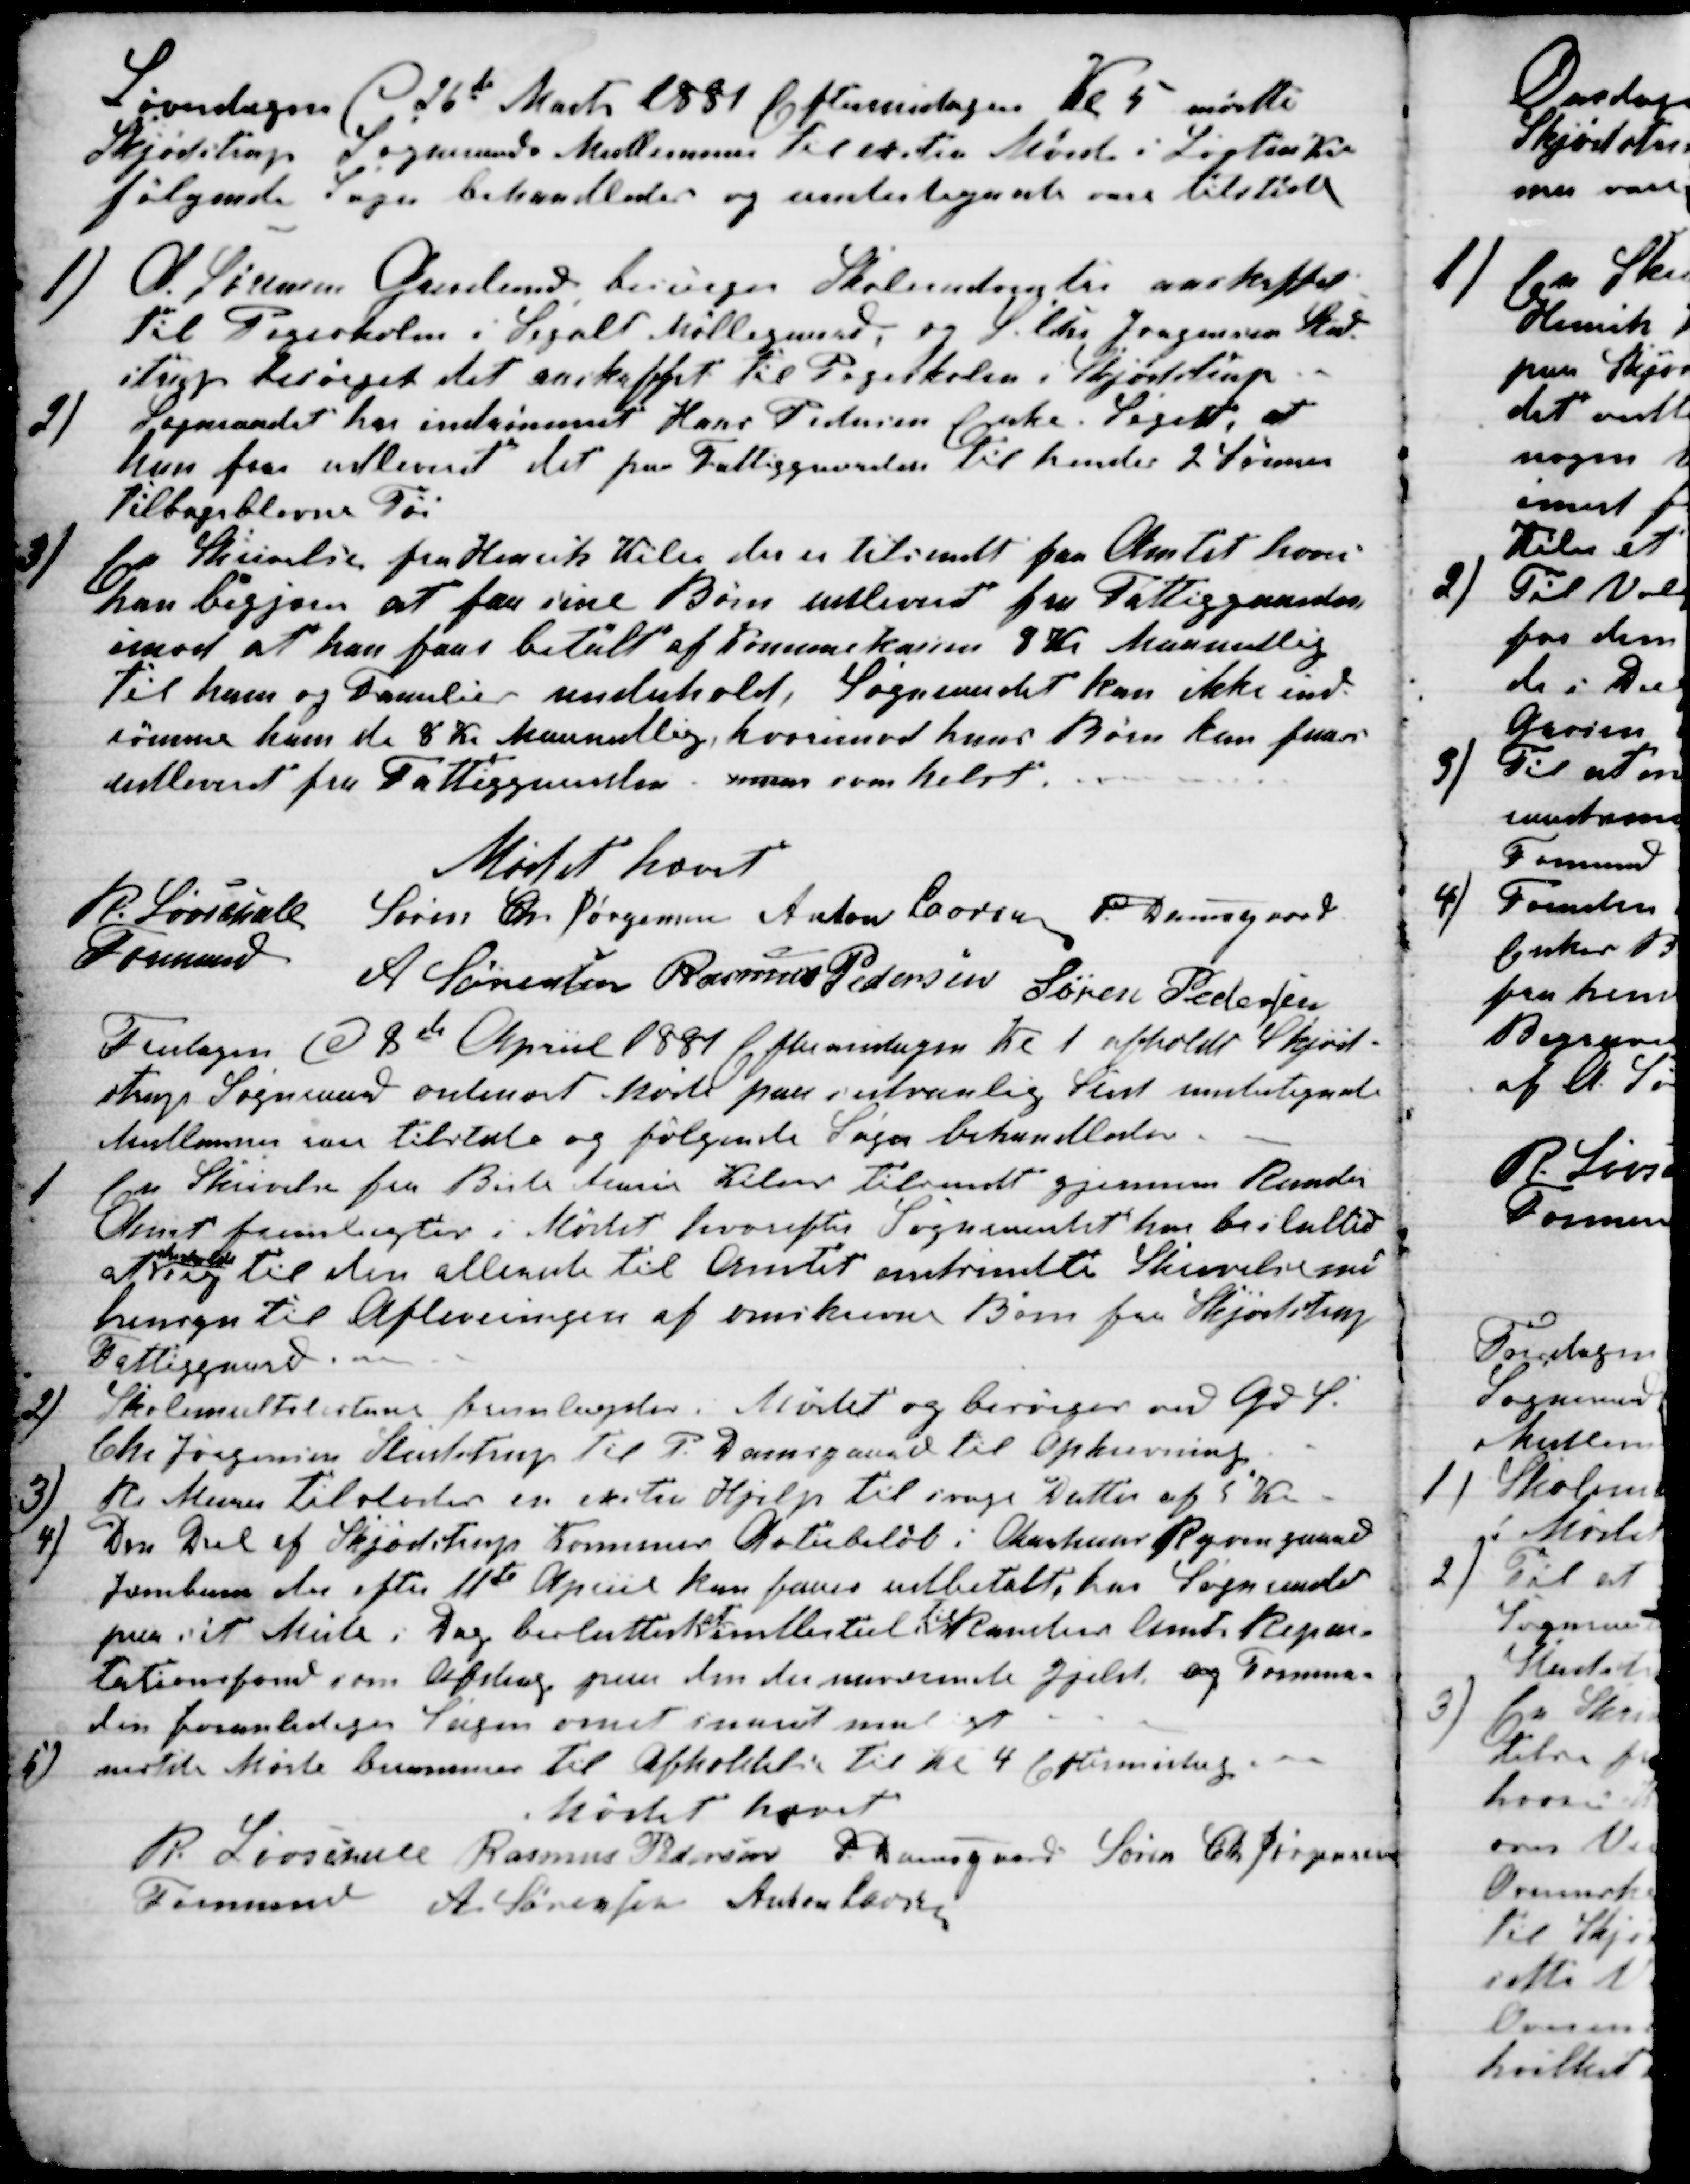
Transskription:
Løverdagen d 26de Marts 1881 Eftermidagen Kl 5 mødte
Skjødstrup Sogneraads Medlemmer til extra Møde i Løgten Kro
følgende sager behandledes og undertegnede vare tilstede
1)
A. Sørensen Grevelund besørger Skoleindventar anskaffet
til Pogeskolen i Segalt Møllegaard, og S. Chr Jørgensen Stud-
strup besørger det anskaffet til Pogeskolen i Skjødstrup
2)
Sogneraadet har indrømmet Hans Pedersen Enke. Segalt, at
hun faar udleveret det paa Fattiggaarden til hendes 2 Sønner
tilbageblevne Tøi
3)
En Skrivelse fra Henrik Kiler der er tilsendt fra Amtet hvori
han begjærer at faa sine Børn udleveret fra Fattiggaarden,
imod at han faar betalt af Komunekassen 8 Kr Maanedlig
Til ham og Familiens underhold, Sogneraadet kan ikke ind-
rømme ham de 8 Kr Maanedlig, hvorimod hans Børn kan faas
udleveret fra Fattiggaarden, naar som helst.
Mødet hævet
R. Løvschall 
Formand
Søren Chr Jørgensen Anton Larsen P. Damsgaard
A Sørensen Rasmus Pedersen Søren Pedersen
Fredagen d 8de April 1881 Eftermidagen Kl 1 afholdt Skjød-
strup Sogneraad ordinært Møde paa sedvanlig Sted undertegnede
Medlemmer vare tilstede og følgende Sager behandledes.
1
En Skrivelse fra Birte Marie Kiler tilsendt gjennem Randers
Amt fremlagtes i Mødet hvorefter Sogneraadet har besluttet
at 
henholde
sig til den allerede til Amtet indsendte Skrivelse med
hensyn til Afleveringen af omskrevne Børn fra Skjødstrup
Fattiggaard.
2)
Skolemultslisterne fremlagdes i Mødet og besørges ved Gd. S.
Chr Jørgensen Studstrup til P. Damsgaard til Opkrævning.
3)
R Murer tilstodes en exstra Hjelp til svage Datter af 5 Kr.
4)
Den Del af Skjødstrup Komunes Actiebeløb i Aarhus Ryomgaard
Jernbane der efter 11te April kan faaes udbetalt, har Sogneraadet
paa sit Møde i Dag besluttet 
at
indbetale
til
Randers Amts Repar-
tationsfond som Afdrag paa den der nuværende Gjeld og Forman-
den foranlediger Sagen ornet snarest muligt
5)
neste Møde berammes til Afholdelse til Kl 4 Eftermidag.
Mødet hævet
R. Løvschall 
Formand
Rasmus Pedersen P. Damsgaard Søren Chr Jørgensen
A. Sørensen Anton Laursen